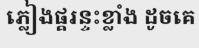
ភ្លៀងផ្គរន្ទះខ្លាំង ដូចគេ